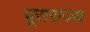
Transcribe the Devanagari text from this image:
पूराराज्य